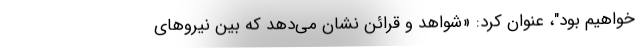
خواهیم بود"، عنوان کرد: «شواهد و قرائن نشان می‌دهد که بین نیروهای